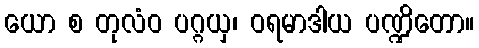
ယော စ တုလံဝ ပဂ္ဂယှ၊ ဝရမာဒါယ ပဏ္ဍိတော။